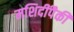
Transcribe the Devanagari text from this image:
मशिदींपैकी